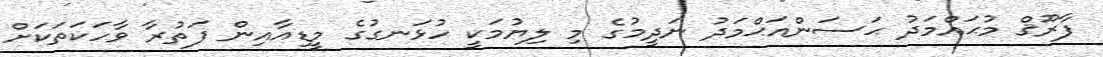
ފާރޫޤް މުޙައްމަދު ޙަސަންއަޙްމަދު ނަދީމުގެ މި ލިޔުމަކީ ހުޅަނގުގެ މީޑިއާއިން ފަތުރާ ވާހަކަތަކަށް